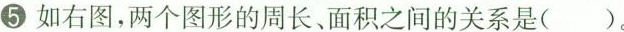
⑤如右图，两个图形的周长、面积之间的关系是()。